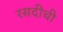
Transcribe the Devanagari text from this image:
रसदीची